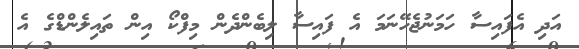
އަދި އެފައިސާ ހަމަނުޖެހޭނަމަ އެ ފައިސާ ލިބެންދެން މިފްކޯ އިން ތައިލެންޑްގެ އެ